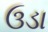
ઉડા